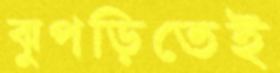
ঝুপড়িতেই